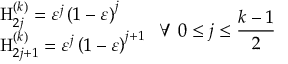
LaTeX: \begin{array} { l } { { \mathrm { H } _ { 2 j } ^ { \left( k \right) } = \varepsilon ^ { j } \left( 1 - \varepsilon \right) ^ { j } } } \\ { { \mathrm { H } _ { 2 j + 1 } ^ { \left( k \right) } = \varepsilon ^ { j } \left( 1 - \varepsilon \right) ^ { j + 1 } } } \end{array} \; \forall \; 0 \leq j \leq \frac { k - 1 } 2